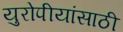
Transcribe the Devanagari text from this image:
युरोपीयांसाठी